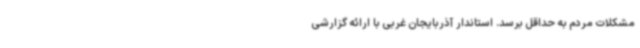
مشکلات مردم به حداقل برسد. استاندار آذربایجان غربی با ارائه گزارشی